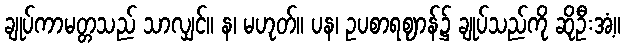
ချုပ်ကာမတ္တသည် သာလျှင်။ န၊ မဟုတ်။ ပန၊ ဥပစာရဈာန်၌ ချုပ်သည်ကို ဆိုဦးအံ့။